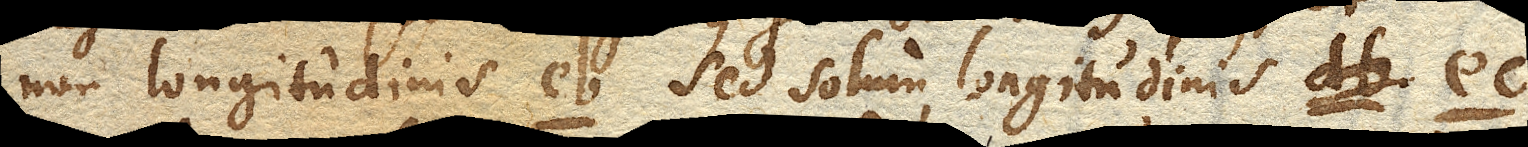
non longitudinis eb. sed solum longitudinis ec.